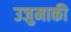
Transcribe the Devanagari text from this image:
उजुमाकी